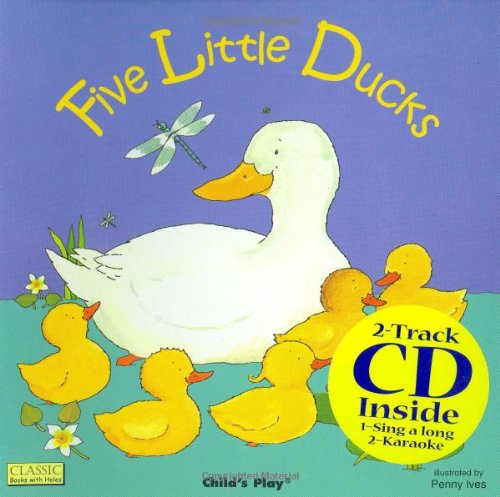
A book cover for Five Little Ducks (Classic Books with Holes); Children's Books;